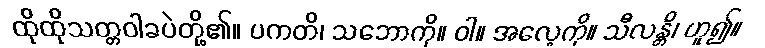
ထိုထိုသတ္တဝါခပဲတို့၏။ ပကတိ၊ သဘောကို။ ဝါ။ အလေ့ကို။ သီလန္တိ၊ ဟူ၍။